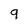
Character: 9